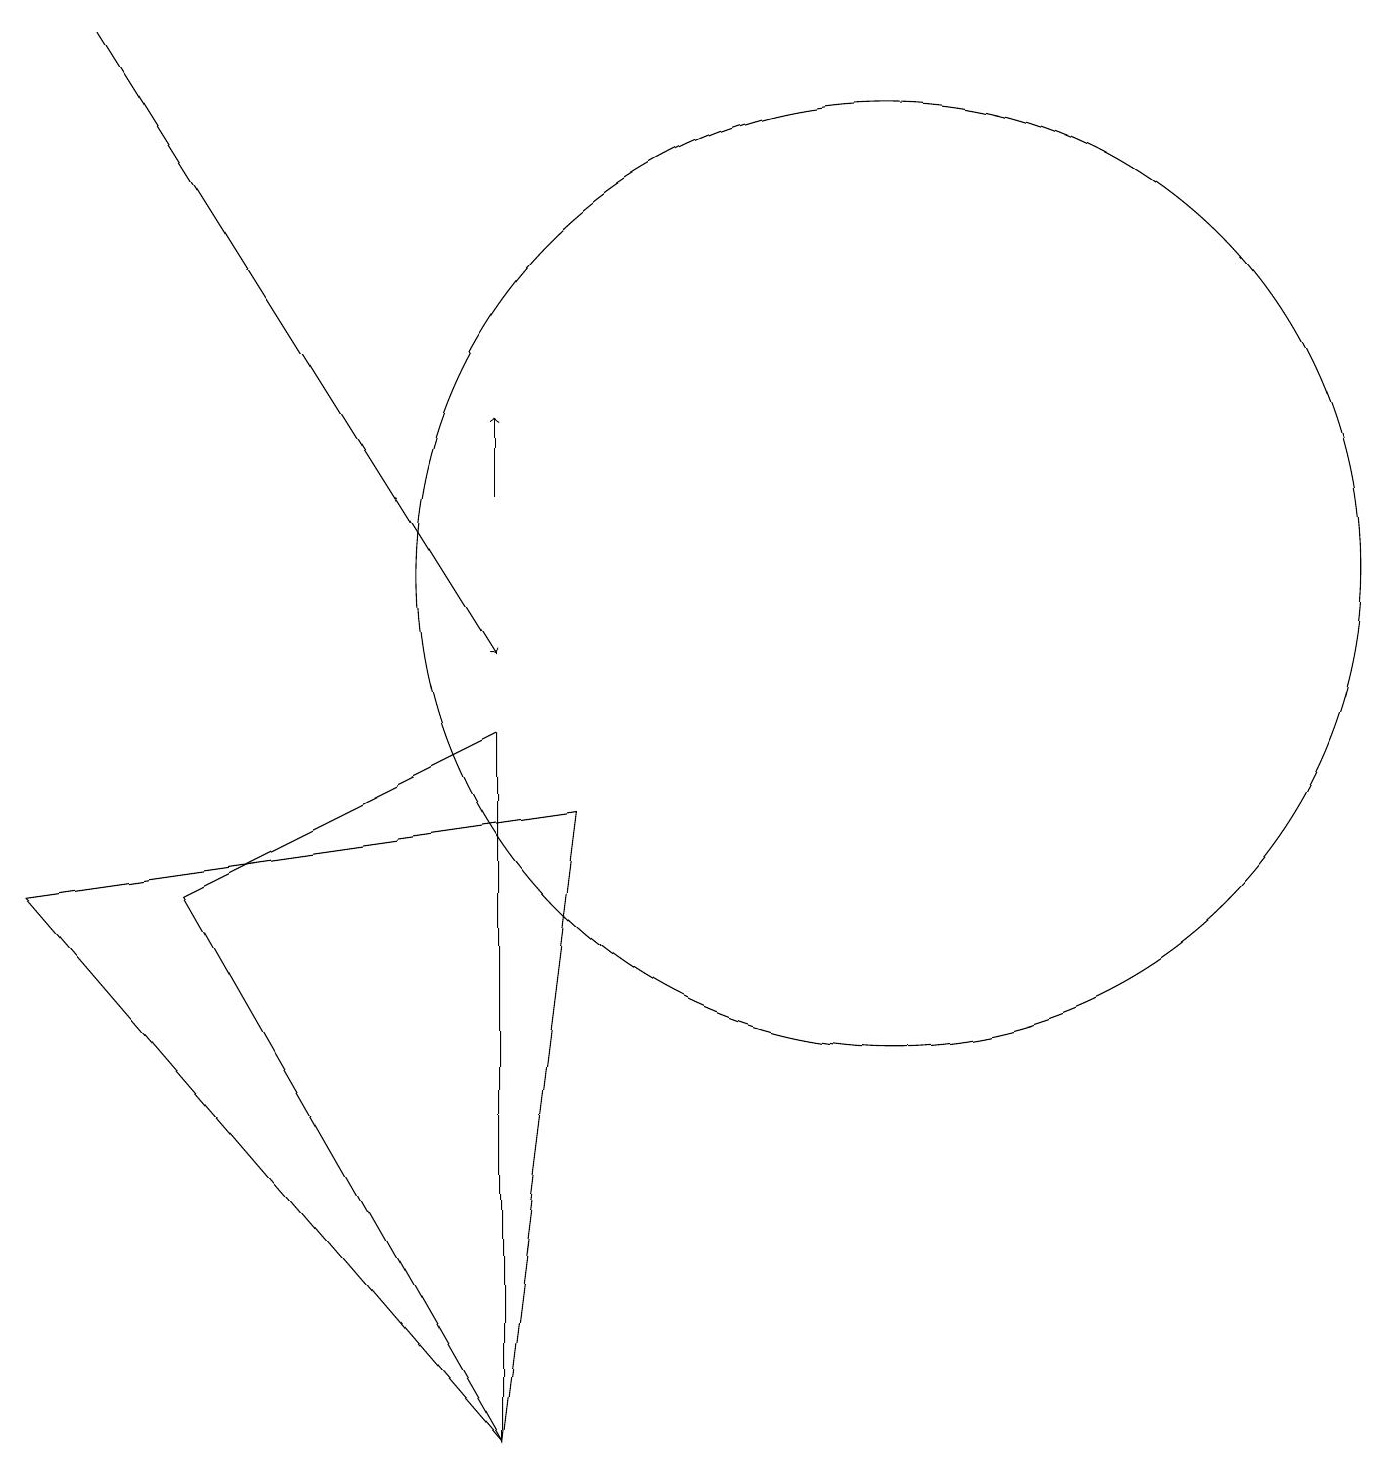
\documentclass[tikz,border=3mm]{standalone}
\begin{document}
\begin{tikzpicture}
\draw (11,11) circle (6);
\draw[->] (1,18) -- (6,10);
\draw (7,8) -- (6,0) -- (0,7) -- cycle;
\draw[->] (6,12) -- (6,13);
\draw (6,0) -- (6,9) -- (2,7) -- cycle;
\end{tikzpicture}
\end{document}